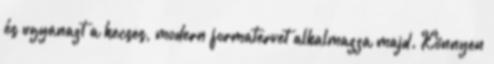
és ugyanazt a kecses, modern formatervet alkalmazza majd. Könnyen